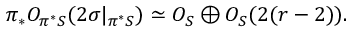
\pi _ { * } { \cal O } _ { \pi ^ { * } { \cal S } } ( 2 \sigma | _ { \pi ^ { * } { \cal S } } ) \simeq { \cal O } _ { { \cal S } } \oplus { \cal O } _ { { \cal S } } ( 2 ( r - 2 ) ) .